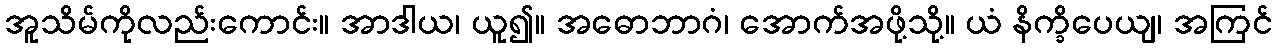
အူသိမ်ကိုလည်းကောင်း။ အာဒါယ၊ ယူ၍။ အဓောဘာဂံ၊ အောက်အဖို့သို့။ ယံ နိက္ခိပေယျ၊ အကြင်